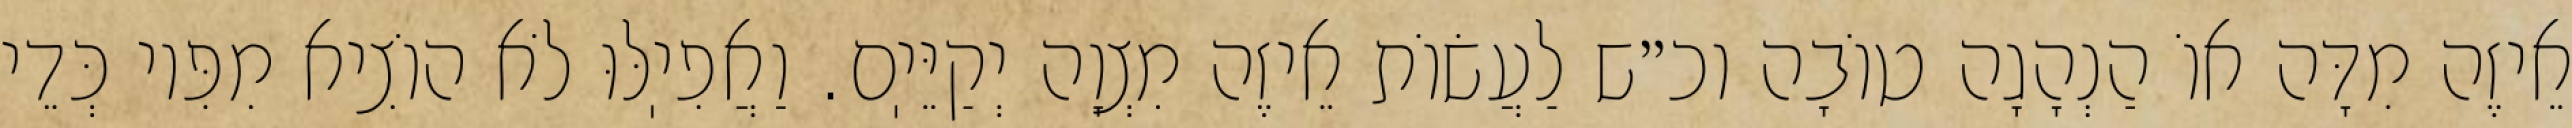
אֵיזֶה מִדָּה אוֹ הַנְהָגָה טוֹבָה וכ״ש לַעֲשׂוֹת אֵיזֶה מִצְוָה יְקַיֵּיֽם. וַאֲפִיֽלּוּ לֹא הוֹצִיא מִפִּיו כְּדֵי